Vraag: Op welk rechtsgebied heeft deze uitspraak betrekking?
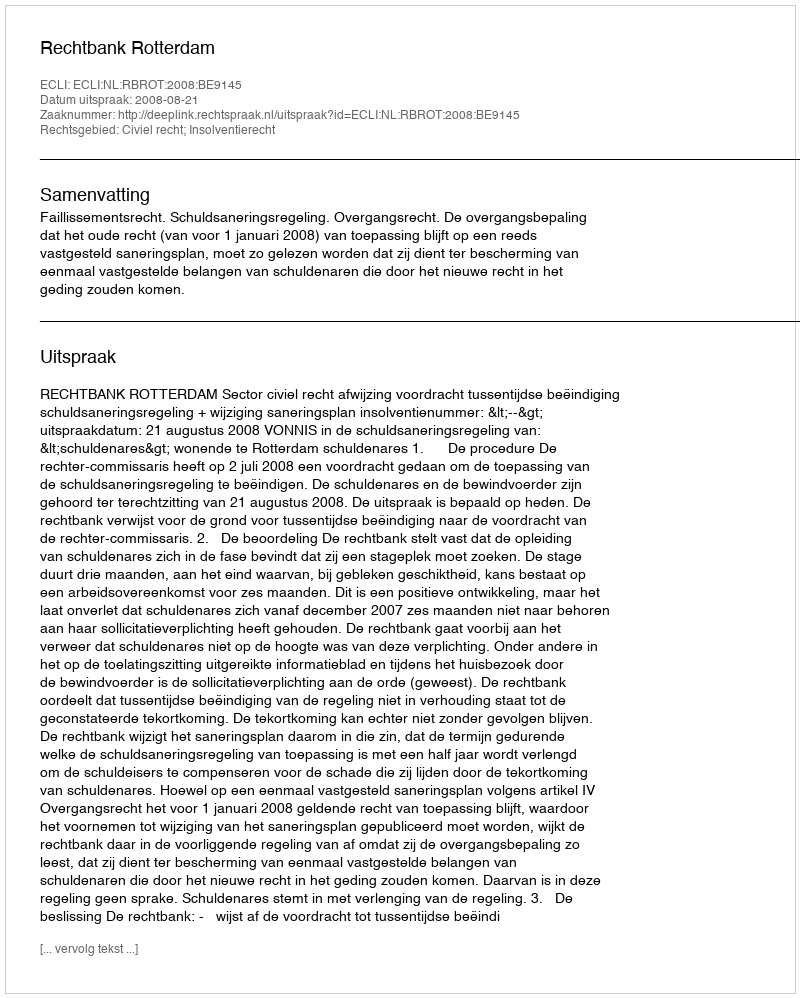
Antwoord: Civiel recht; Insolventierecht